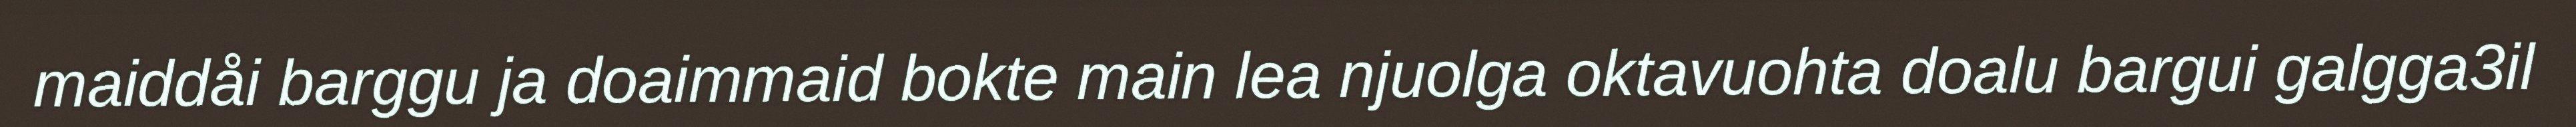
maiddåi barggu ja doaimmaid bokte main lea njuolga oktavuohta doalu bargui galgga3il